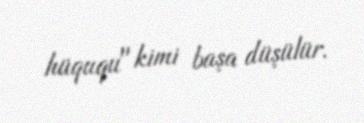
hüququ" kimi başa düşülür.